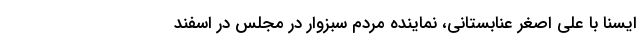
ایسنا با علی اصغر عنابستانی، نماینده مردم سبزوار در مجلس در اسفند